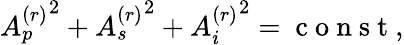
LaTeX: \begin{array}{r}{{A_{p}^{(r)}}^{2}+{A_{s}^{(r)}}^{2}+{A_{i}^{(r)}}^{2}=\mathrm{~c~o~n~s~t~},}\end{array}